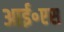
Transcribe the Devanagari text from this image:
आई॰एस